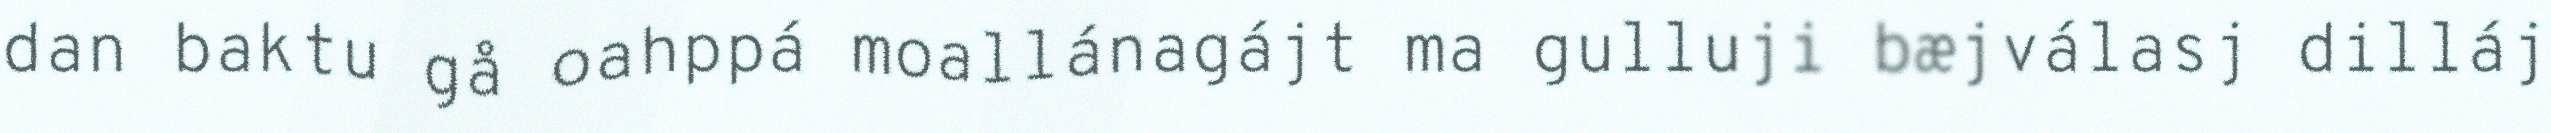
dan baktu gå oahppá moallánagájt ma gulluji bæjválasj dilláj